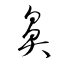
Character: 鼻